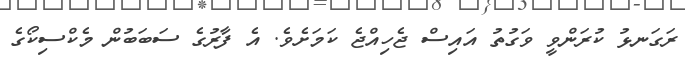
ރަގަނޅު ކުރަންވީ ވަގުތު އައިސް ޖެހިއްޖެ ކަމަށެވެ. އެ ފާރުގެ ސަބަބުން މެކްސިކޯގެ